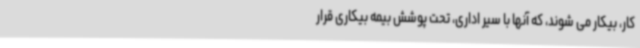
کار، بیکار می شوند، که آنها با سیر اداری، تحت پوشش بیمه بیکاری قرار